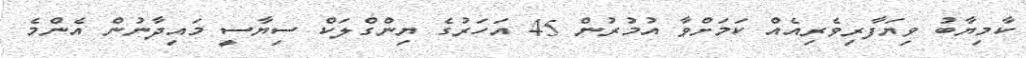
ކާމިޔާބު ވިޔަފާރިވެރިއެއް ކަމަށްވާ އުމުރުން 45 އަހަރުގެ ޔިންގްލަކް ސިޔާސީ މައިދާނުން އެންމެ